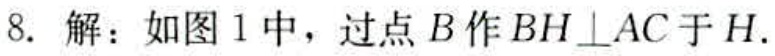
8. 解：如图1中，过点\(B\)作\(BH\perp AC\)于\(H\).